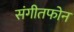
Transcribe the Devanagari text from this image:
संगीतफोन